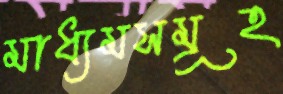
মাধ্যমসমূহ